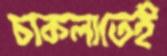
চাকলাতেই